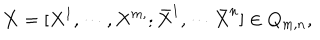
LaTeX: { \bf X } = [ X ^ { 1 } , \cdots , X ^ { m , } ; \bar { X } ^ { 1 } , \cdots \bar { X } ^ { n } ] \in Q _ { m , n } ,